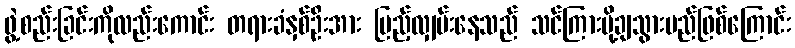
ဖွဲ့စည်းခြင်းကိုလည်းကောင်း တရားခံနှစ်ဦးအား ပြည့်လျှမ်းနေသည် သင်ကြားပို့ချသွားမည်ဖြစ်ကြောင်း